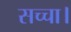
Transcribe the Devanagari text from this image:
सच्चा।